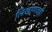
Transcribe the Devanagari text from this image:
लिखाणवही